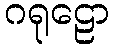
ဂရုဠော